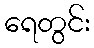
ရေတွင်း